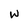
Character: W